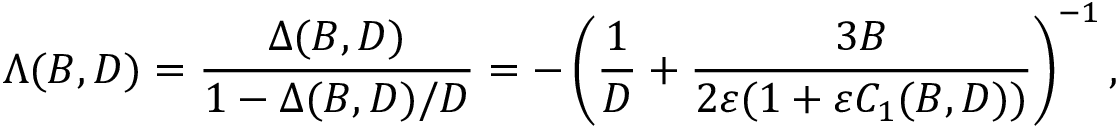
\Lambda ( B , D ) = \frac { \Delta ( B , D ) } { 1 - \Delta ( B , D ) / D } = - \left( \frac { 1 } { D } + \frac { 3 B } { 2 \varepsilon ( 1 + \varepsilon C _ { 1 } ( B , D ) ) } \right) ^ { - 1 } ,